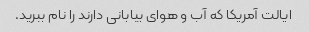
ایالت آمریکا که آب و هوای بیابانی دارند را نام ببرید.